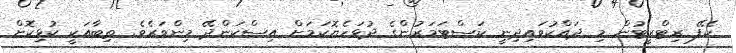
ކެފޭ ރިޓްރީޓުން މި ދައްކުވައިދިނީ ކަސްޓަމަރުންގެ ދުޅަހެޔޮކަމަށް އިސްކަންދޭ މިންވަރެވެ. ތިބާއަކީ ކުޅިކޮށް